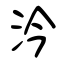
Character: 汵